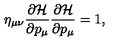
\eta _ { \mu \nu } \frac { \partial { \cal H } } { \partial p _ { \mu } } \frac { \partial { \cal H } } { \partial p _ { \mu } } = 1 ,